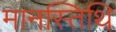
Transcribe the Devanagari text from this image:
मानस्तिथि